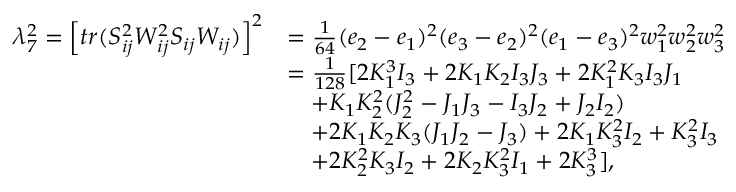
\begin{array} { r l } { \lambda _ { 7 } ^ { 2 } = \left[ t r ( S _ { i j } ^ { 2 } W _ { i j } ^ { 2 } S _ { i j } W _ { i j } ) \right] ^ { 2 } } & { = \frac { 1 } { 6 4 } ( e _ { 2 } - e _ { 1 } ) ^ { 2 } ( e _ { 3 } - e _ { 2 } ) ^ { 2 } ( e _ { 1 } - e _ { 3 } ) ^ { 2 } w _ { 1 } ^ { 2 } w _ { 2 } ^ { 2 } w _ { 3 } ^ { 2 } } \\ & { = \frac { 1 } { 1 2 8 } [ 2 K _ { 1 } ^ { 3 } I _ { 3 } + 2 K _ { 1 } K _ { 2 } I _ { 3 } J _ { 3 } + 2 K _ { 1 } ^ { 2 } K _ { 3 } I _ { 3 } J _ { 1 } } \\ & { \quad + K _ { 1 } K _ { 2 } ^ { 2 } ( J _ { 2 } ^ { 2 } - J _ { 1 } J _ { 3 } - I _ { 3 } J _ { 2 } + J _ { 2 } I _ { 2 } ) } \\ & { \quad + 2 K _ { 1 } K _ { 2 } K _ { 3 } ( J _ { 1 } J _ { 2 } - J _ { 3 } ) + 2 K _ { 1 } K _ { 3 } ^ { 2 } I _ { 2 } + K _ { 3 } ^ { 2 } I _ { 3 } } \\ & { \quad + 2 K _ { 2 } ^ { 2 } K _ { 3 } I _ { 2 } + 2 K _ { 2 } K _ { 3 } ^ { 2 } I _ { 1 } + 2 K _ { 3 } ^ { 3 } ] , } \end{array}